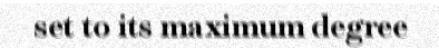
set to its maximum degree